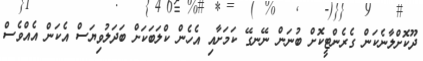
ދޫކޮށްލާނެކަން ގެރެންޓީކޮށް ބުނަން ނޭނގޭ ކަމަށާއި އެހެން ކްލަބަކަށް ބަދަލުވިޔަސް އެކަން އެއްވެސް